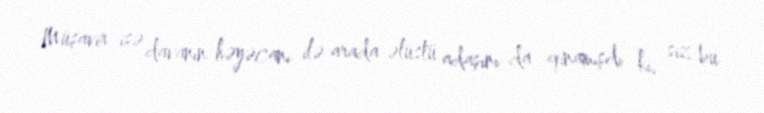
Müşavir isə davanın həyəcanı ilə arada əlüstü adaşını da qınamışdı ki, siz bu